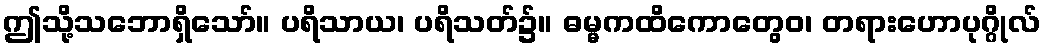
ဤသို့သဘောရှိသော်။ ပရိသာယ၊ ပရိသတ်၌။ ဓမ္မကထိကောတွေဝ၊ တရားဟောပုဂ္ဂိုလ်